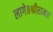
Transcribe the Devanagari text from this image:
लागे॥श्रीराम॥